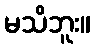
မသိဘူး။